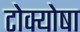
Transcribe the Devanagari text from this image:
टोक्योषा